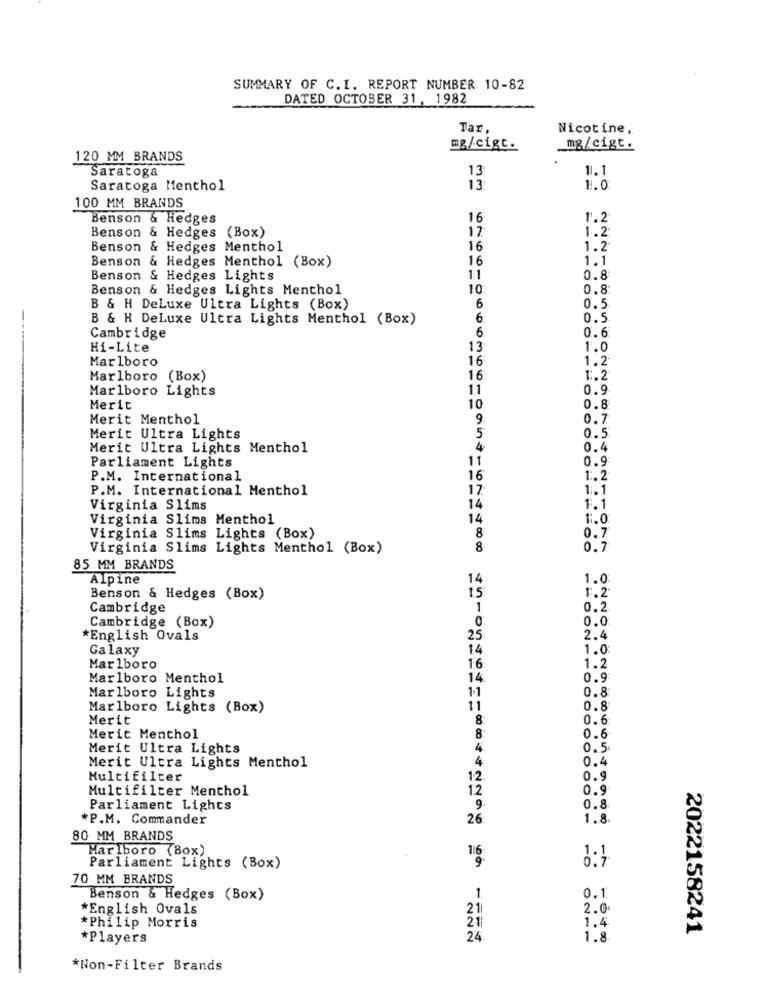
SUMMARY OF C.I. REPORT NUMBER 10-82
DATED OCTOBER 31, 1982
Tax.
Nicotine,
mg/cigt.
mg/cigt.
120 MM BRANDS
11.1
Saratoga
13
Saratoga Menthol
13
1.0
100 MM BRANDS
Benson & Hedges
16
1.2
Benson & Hedges (Box)
17
1.2
Benson & Hedges Menthol
16
1.2
Benson & Hedges Menthol (Box)
16
1.1
Benson & Hedges Lights
11
0.8
Benson & Hedges Lights Menthol
10:
0.8
B & H DeLuxe Ultra Lights (Box)
6
0.5
B & H DeLuxe Ultra Lights Menthol (Box)
0.5
6.
0.6
Cambridge
Hi-Lite
13
1.0
Marlboro
16
1.2
Marlboro (Box)
16
1.2
Marlboro Lights
11
0.9
Merit
10
0.8
Merit Menthol
9.
0.7
Merit Ultra Lights
5
0.5
Merit Ultra Lights Menthol
0.4
Parliament Lights
0.9
11
P.M. International
16
1.2
P.M. International Menthol
17.
1.1
Virginia Slims
14
1.1
Virginia Slims Menthol
14
1.0
Virginia Slims Lights (Box)
8
0.7
Virginia Slims Lights Menthol (Box)
8
0.7
85 MM BRANDS
Alpine
14
1.0
15
1.2
Benson & Hedges (Box)
Cambridge
1
0.2
Cambridge (Box)
.0
0.0
*English Ovals
25
2.4
Galaxy
14
1.0:
Marlboro
16:
1.2
Marlboro Menthol
14
0.9
11
0.8
Marlboro Lights
Marlboro Lights (Box)
11
0.8
Merit
8:
0.6
Merit Menthol
8
0.6
Merit Ultra Lights
4
0.5
4
0.4
Merit Ultra Lights Menthol
Multifilter
12.
0.9
Multifilter Menthol
1.2
0.9
Parliament Lights
9.
0.8
*P.M. Commander
26
1.8
80 MM BRANDS
Marlboro (Box)
116
Parliament Lights (Box)
9
70 MM BRANDS
Benson & Hedges (Box)
1.
0.1
*English Ovals
21
2.0
21
1.4
*Philip Morris
2022158241
*Players
24
1.8
*Non-Filter Brands